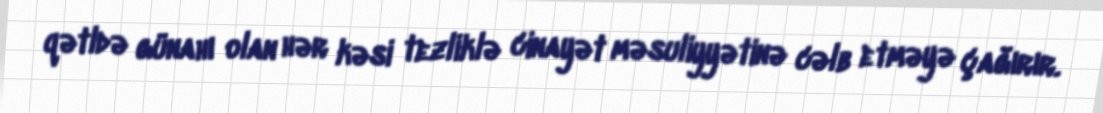
qətldə günahı olan hər kəsi tezliklə cinayət məsuliyyətinə cəlb etməyə çağırır.